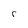
Character: r